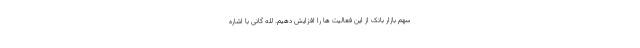
سهم بازار بانک از این فعالیت ها را افزایش دهیم. لله گانی با اشاره